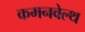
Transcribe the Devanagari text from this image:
कमनवेल्थ